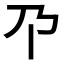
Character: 𫡄